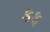
કફ